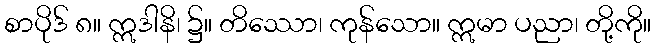
စာပိုဒ် ၈။ ဣဒါနိ၊ ၌။ တိဿော၊ ကုန်သော။ ဣမာ ပညာ၊ တို့ကို။